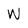
Character: W